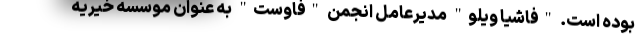
بوده است. "فاشیا ویلو" مدیرعامل انجمن "فاوست" به عنوان موسسه خیریه